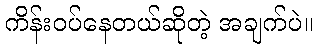
ကိန်းဝပ်နေတယ်ဆိုတဲ့ အချက်ပဲ။